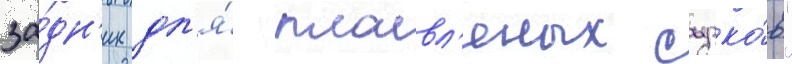
за́дн'ик дл'я́ плавл'еных сырко́в"